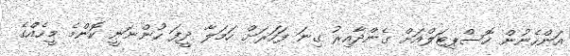
އަންހެނުން ހޮސްޕިޓަލްއަށް ގެންދާއިރު ގިނަ ފަހަރަށް ހަމަލާ ދީފަ ހުންނަނީ ކޮންމެ މީހެއްގެ